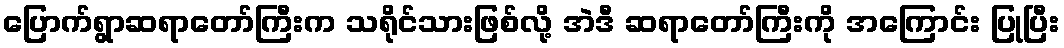
ပြောက်ရွာဆရာတော်ကြီးက သရိုင်သားဖြစ်လို့ အဲဒီ ဆရာတော်ကြီးကို အကြောင်း ပြုပြီး